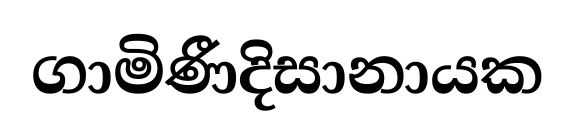
ගාමිණීදිසානායක